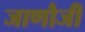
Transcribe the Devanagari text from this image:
जाणौजी